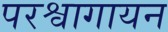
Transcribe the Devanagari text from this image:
परश्वागायन